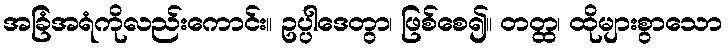
အခြံအရံကိုလည်းကောင်း။ ဥပ္ပါဒေတွာ၊ ဖြစ်စေ၍။ တတ္ထ၊ ထိုများစွာသော